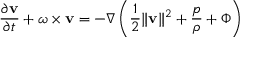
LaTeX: { \frac { \partial { \bf { v } } } { \partial t } } + \omega \times { \bf { v } } = - \nabla \left( { \frac { 1 } { 2 } } \| { \bf { v } } \| ^ { 2 } + { \frac { p } { \rho } } + \Phi \right)